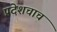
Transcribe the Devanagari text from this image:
प्रदेशचाच